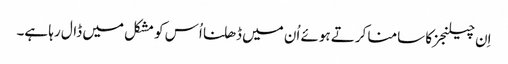
اِن چیلنجز کا سامنا کرتے ہوئے اُن میں ڈھلنا اُس کو مشکل میں ڈال رہا ہے۔